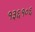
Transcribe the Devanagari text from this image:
१३६१०६